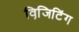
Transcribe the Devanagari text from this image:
विजि़टिंग